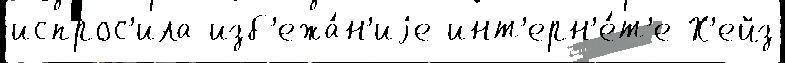
испрос'ила изб'ежа́н'иjе инт'ерн'е́т'е Х'ейз